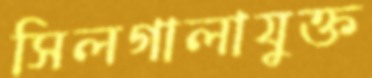
সিলগালাযুক্ত